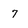
Character: 7